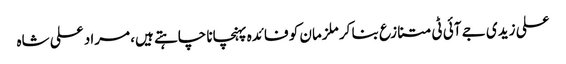
علی زیدی جے آئی ٹی متنازع بنا کر ملزمان کو فائدہ پہنچانا چاہتے ہیں، مراد علی شاہ